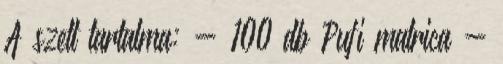
A szett tartalma: - 100 db Pufi matrica -